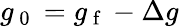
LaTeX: g_{\mathrm{~0~}}=g_{\mathrm{~f~}}-\Delta g